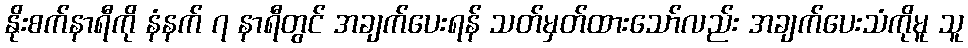
နိုးစက်နာရီကို နံနက် ၇ နာရီတွင် အချက်ပေးရန် သတ်မှတ်ထားသော်လည်း အချက်ပေးသံကိုမူ သူ